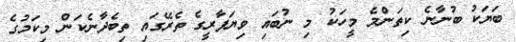
ބަޔަކު ބުނާނެ ކިތަންމެ މީހަކު މި ނުބައި ވިޔަފާރީގެ ތެރޭގައި ތިބެދާނެކަން މިކަމުގެ